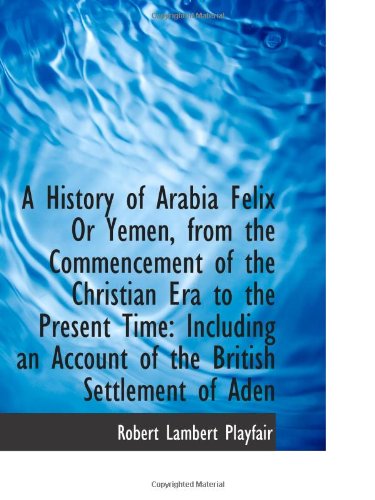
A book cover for A History of Arabia Felix Or Yemen, from the Commencement of the Christian Era to the Present Time:; Robert Lambert Playfair; History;